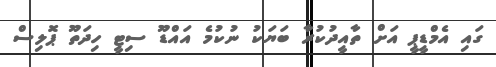
ގައި އެމްޑީޕީ އަށް ތާއީދުކުރާ ބަޔަކު ނުކުމެ އައްޑޫ ސިޓީ ހިދަތޫ ޕޮލިސް